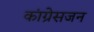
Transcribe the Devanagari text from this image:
कांग्रेसजन